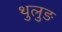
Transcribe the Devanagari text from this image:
थुलुङ